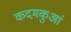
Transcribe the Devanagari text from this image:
कदमकुआं